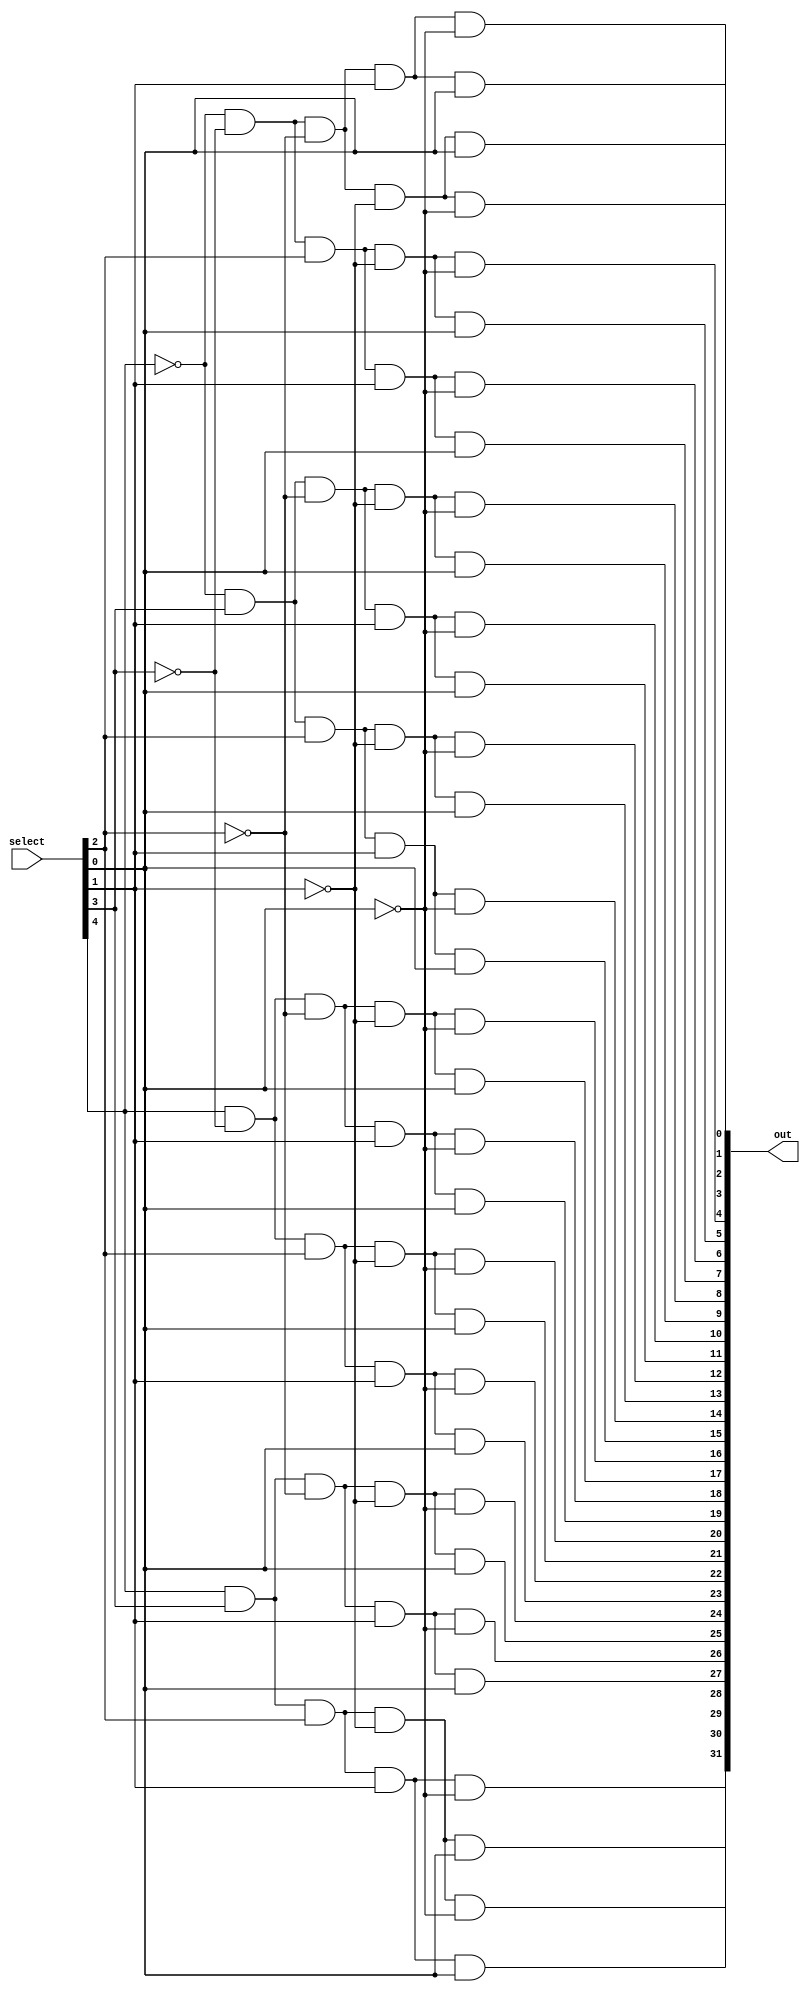
module decoder(select, out);

    input [4:0] select;
    output [31:0] out;

    assign out[00] = ~select[4] & ~select[3] & ~select[2] & ~select[1] & ~select[0];
    assign out[01] = ~select[4] & ~select[3] & ~select[2] & ~select[1] &  select[0];
    assign out[02] = ~select[4] & ~select[3] & ~select[2] &  select[1] & ~select[0];
    assign out[03] = ~select[4] & ~select[3] & ~select[2] &  select[1] &  select[0];
    assign out[04] = ~select[4] & ~select[3] &  select[2] & ~select[1] & ~select[0];
    assign out[05] = ~select[4] & ~select[3] &  select[2] & ~select[1] &  select[0];
    assign out[06] = ~select[4] & ~select[3] &  select[2] &  select[1] & ~select[0];
    assign out[07] = ~select[4] & ~select[3] &  select[2] &  select[1] &  select[0];
    assign out[08] = ~select[4] &  select[3] & ~select[2] & ~select[1] & ~select[0];
    assign out[09] = ~select[4] &  select[3] & ~select[2] & ~select[1] &  select[0];
    assign out[10] = ~select[4] &  select[3] & ~select[2] &  select[1] & ~select[0];
    assign out[11] = ~select[4] &  select[3] & ~select[2] &  select[1] &  select[0];
    assign out[12] = ~select[4] &  select[3] &  select[2] & ~select[1] & ~select[0];
    assign out[13] = ~select[4] &  select[3] &  select[2] & ~select[1] &  select[0];
    assign out[14] = ~select[4] &  select[3] &  select[2] &  select[1] & ~select[0];
    assign out[15] = ~select[4] &  select[3] &  select[2] &  select[1] &  select[0];
    assign out[16] =  select[4] & ~select[3] & ~select[2] & ~select[1] & ~select[0];
    assign out[17] =  select[4] & ~select[3] & ~select[2] & ~select[1] &  select[0];
    assign out[18] =  select[4] & ~select[3] & ~select[2] &  select[1] & ~select[0];
    assign out[19] =  select[4] & ~select[3] & ~select[2] &  select[1] &  select[0];
    assign out[20] =  select[4] & ~select[3] &  select[2] & ~select[1] & ~select[0];
    assign out[21] =  select[4] & ~select[3] &  select[2] & ~select[1] &  select[0];
    assign out[22] =  select[4] & ~select[3] &  select[2] &  select[1] & ~select[0];
    assign out[23] =  select[4] & ~select[3] &  select[2] &  select[1] &  select[0];
    assign out[24] =  select[4] &  select[3] & ~select[2] & ~select[1] & ~select[0];
    assign out[25] =  select[4] &  select[3] & ~select[2] & ~select[1] &  select[0];
    assign out[26] =  select[4] &  select[3] & ~select[2] &  select[1] & ~select[0];
    assign out[27] =  select[4] &  select[3] & ~select[2] &  select[1] &  select[0];
    assign out[28] =  select[4] &  select[3] &  select[2] & ~select[1] & ~select[0];
    assign out[29] =  select[4] &  select[3] &  select[2] & ~select[1] &  select[0];
    assign out[30] =  select[4] &  select[3] &  select[2] &  select[1] & ~select[0];
    assign out[31] =  select[4] &  select[3] &  select[2] &  select[1] &  select[0];

endmodule